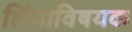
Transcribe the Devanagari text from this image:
लिंगाविषयक